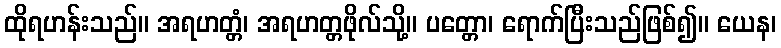
ထိုရဟန်းသည်။ အရဟတ္တံ၊ အရဟတ္တဖိုလ်သို့။ ပတ္တော၊ ရောက်ပြီးသည်ဖြစ်၍။ ယေန၊